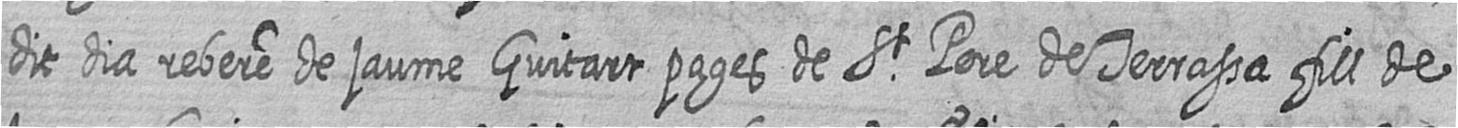
dit dia rebere de jaume Guitart pages de St Pere de Terrassa fill de